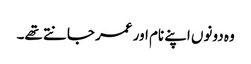
وہ دونوں اپنے نام اور عمر جانتے تھے۔